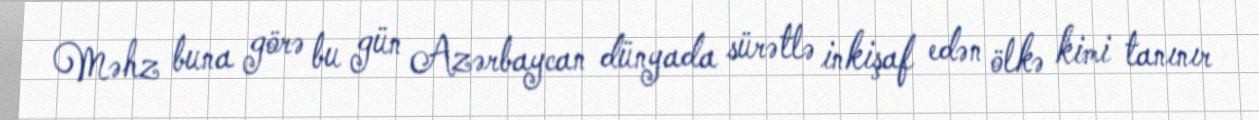
Məhz buna görə bu gün Azərbaycan dünyada sürətlə inkişaf edən ölkə kimi tanınır